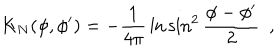
LaTeX: K _ { N } ( \phi , \phi ^ { \prime } ) = - { \frac { 1 } { 4 \pi } } \ln \sin ^ { 2 } { \frac { \phi - \phi ^ { \prime } } { 2 } } ~ ~ ,